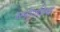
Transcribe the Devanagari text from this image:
ब्लॉगविश्व